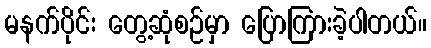
မနက်ပိုင်း တွေ့ဆုံစဉ်မှာ ပြောကြားခဲ့ပါတယ်။